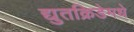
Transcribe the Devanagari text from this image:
द्युतक्रिडेमधे